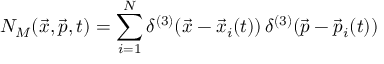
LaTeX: N _ { M } ( \vec { x } , \vec { p } , t ) = \sum _ { i = 1 } ^ { N } \delta ^ { ( 3 ) } ( \vec { x } - \vec { x } _ { i } ( t ) ) \, \delta ^ { ( 3 ) } ( \vec { p } - \vec { p } _ { i } ( t ) )